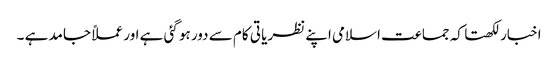
اخبار لکھتا کہ جماعت اسلامی اپنے نظریا تی کام سے دور ہو گئی ہے اور عملاً جامد ہے ۔